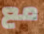
مع